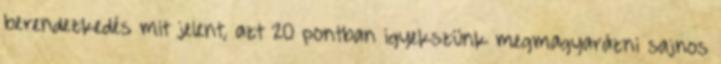
berendezkedés mit jelent, azt 20 pontban igyekszünk megmagyarázni sajnos